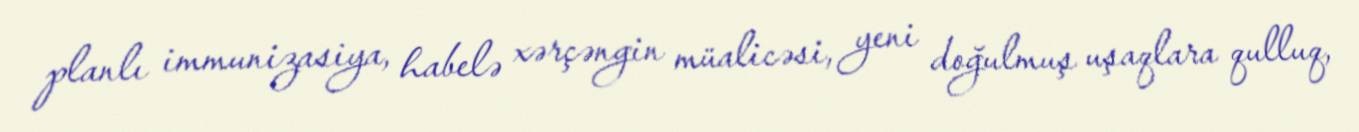
planlı immunizasiya, habelə xərçəngin müalicəsi, yeni doğulmuş uşaqlara qulluq,